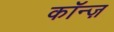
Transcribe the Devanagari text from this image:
कॉन्ज़